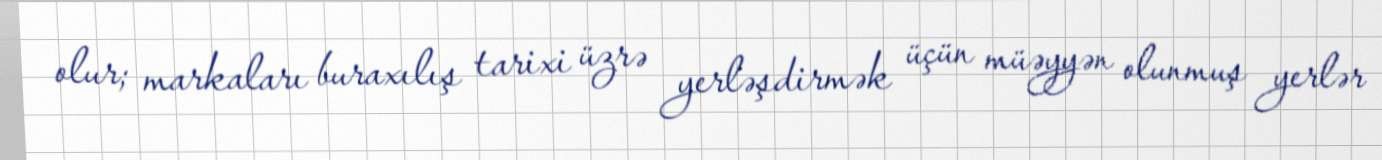
olur; markaları buraxılış tarixi üzrə yerləşdirmək üçün müəyyən olunmuş yerlər